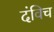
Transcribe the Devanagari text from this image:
दंविच